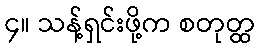
၄။ သန့်ရှင်းဖို့က စတုတ္ထ